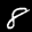
Label: 8